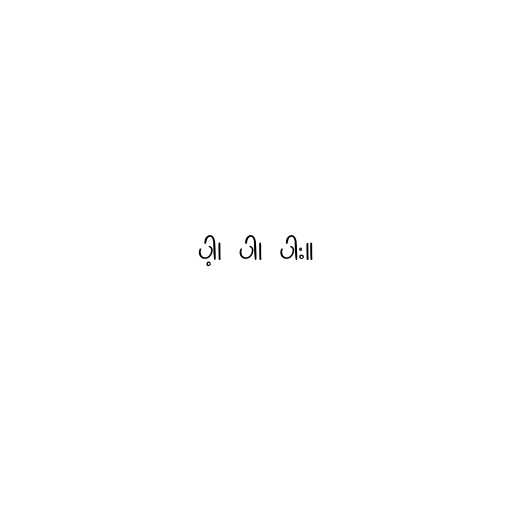
ပါ့၊ ပါ၊ ပါး။